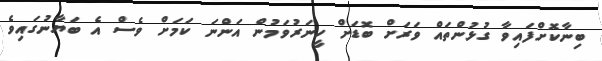
ބިނާކޮށްފައިވާ ގުޅުންތައް ވަރަށް ބޮޑަށް ހީނަރުވަމުން އަންނަ ކަމަށް ވެސް އެ ބަޔާނުގައިވެ